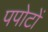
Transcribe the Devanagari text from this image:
पपोटों